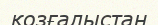
қозғалыстан